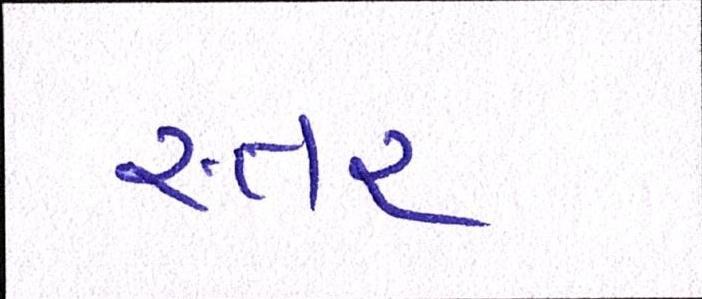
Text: સ્તર